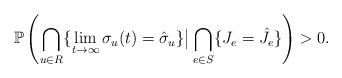
LaTeX: \begin{align*} \mathbb{P} \left (\bigcap_{u \in R}\{\lim_{t \to\infty} \sigma_u (t)=\hat{\sigma}_u\} \big | \bigcap_{e \in S}\{ J_e = \hat J_e\} \right )>0.\end{align*}